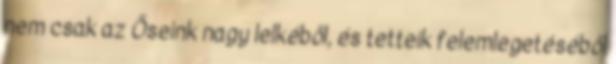
nem csak az Őseink nagy lelkéből, és tetteik felemlegetéséből